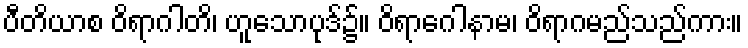
ပီတိယာစ ဝိရာဂါတိ၊ ဟူသောပုဒ်၌။ ဝိရာဂေါနာမ၊ ဝိရာဂမည်သည်ကား။